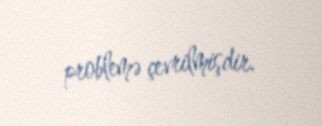
problemə çevrilmişdir.